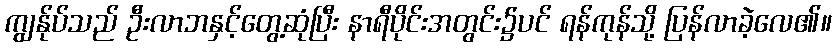
ကျွန်ုပ်သည် ဦးလာဘနှင့်တွေ့ဆုံပြီး နာရီပိုင်းအတွင်း၌ပင် ရန်ကုန်သို့ ပြန်လာခဲ့လေ၏။